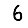
Digit: 6